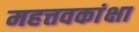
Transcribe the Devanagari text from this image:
महत्तवकांक्षा